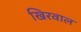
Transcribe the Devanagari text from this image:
खिरवाल